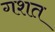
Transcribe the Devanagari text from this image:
गशत